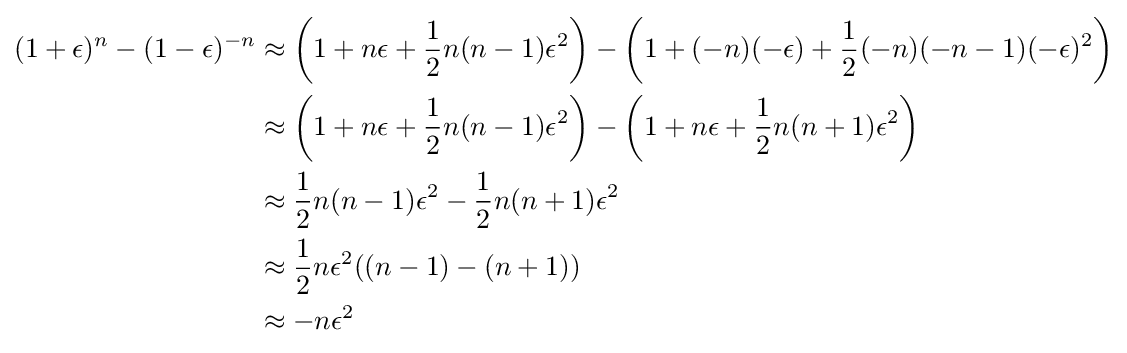
{\begin{aligned}(1+\epsilon )^{n}-(1-\epsilon )^{-n}&\approx \left(1+n\epsilon +{\frac {1}{2}}n(n-1)\epsilon ^{2}\right)-\left(1+(-n)(-\epsilon )+{\frac {1}{2}}(-n)(-n-1)(-\epsilon )^{2}\right)\\&\approx \left(1+n\epsilon +{\frac {1}{2}}n(n-1)\epsilon ^{2}\right)-\left(1+n\epsilon +{\frac {1}{2}}n(n+1)\epsilon ^{2}\right)\\&\approx {\frac {1}{2}}n(n-1)\epsilon ^{2}-{\frac {1}{2}}n(n+1)\epsilon ^{2}\\&\approx {\frac {1}{2}}n\epsilon ^{2}((n-1)-(n+1))\\&\approx -n\epsilon ^{2}\end{aligned}}